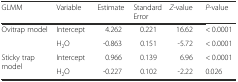
<table><thead><tr><td><b>GLMM</b></td><td><b>Variable</b></td><td><b>Estimate</b></td><td><b>Standard Error</b></td><td><b><i>Z</i>-value</b></td><td><b><i>P</i>-value</b></td></tr></thead><tbody><tr><td rowspan="2">Ovitrap model</td><td>Intercept</td><td>4.262</td><td>0.221</td><td>16.62</td><td>&lt; 0.0001</td></tr><tr><td>H<sub>2</sub>O</td><td>-0.863</td><td>0.151</td><td>-5.72</td><td>&lt; 0.0001</td></tr><tr><td rowspan="2">Sticky trap model</td><td>Intercept</td><td>0.966</td><td>0.139</td><td>6.96</td><td>&lt; 0.0001</td></tr><tr><td>H<sub>2</sub>O</td><td>-0.227</td><td>0.102</td><td>-2.22</td><td>0.026</td></tr></tbody></table>